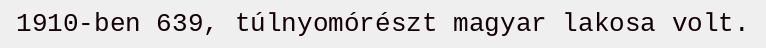
1910-ben 639, túlnyomórészt magyar lakosa volt.